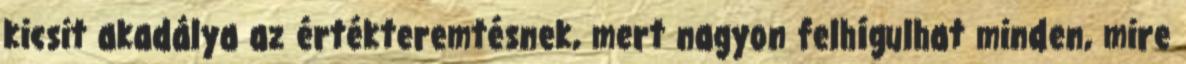
kicsit akadálya az értékteremtésnek, mert nagyon felhígulhat minden, mire